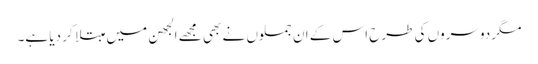
مگر دوسروں کی طرح اس کے ان جملوں نے بھی مجھے الجھن میں مبتلا کر دیا ہے۔